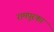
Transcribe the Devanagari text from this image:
रामपूरका